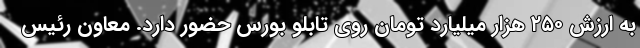
به ارزش ۲۵۰ هزار میلیارد تومان روی تابلو بورس حضور دارد. معاون رئیس